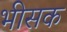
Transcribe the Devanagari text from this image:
भीसक